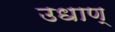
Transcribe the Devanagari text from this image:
उधाण्